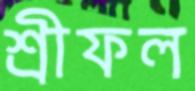
শ্রীফল